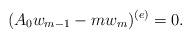
LaTeX: \begin{align*} (A_0 w_{m-1} - m w_m)^{(e)} =0.\end{align*}